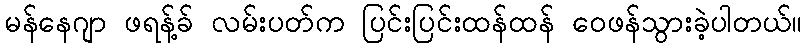
မန်နေဂျာ ဖရန့်ခ် လမ်းပတ်က ပြင်းပြင်းထန်ထန် ဝေဖန်သွားခဲ့ပါတယ်။